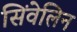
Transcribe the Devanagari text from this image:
सिंवेलिन